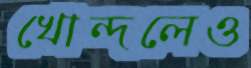
খোন্দলেও